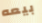
بيعه